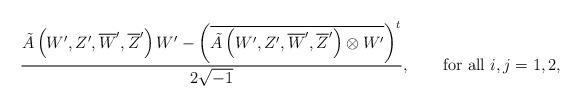
LaTeX: \begin{align*}\frac{\tilde{A}\left(W',Z',\overline{W}',\overline{Z}'\right) W'-\left(\overline{\tilde{A}\left(W',Z',\overline{W}',\overline{Z}'\right)\otimes W'}\right)^{t}}{2\sqrt{-1}}, \quad\quad\mbox{for all $i,j=1,2$,} \end{align*}